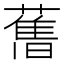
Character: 𦾔